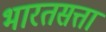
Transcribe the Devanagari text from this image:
भारतसत्ता